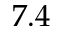
7 . 4